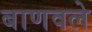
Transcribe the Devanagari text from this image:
बाणवले